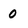
Character: 0